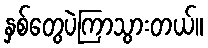
နှစ်တွေပဲကြာသွားတယ်။